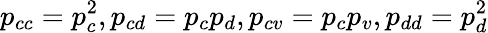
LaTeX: p_{cc}=p_{c}^{2},p_{cd}=p_{c}p_{d},p_{cv}=p_{c}p_{v},p_{dd}=p_{d}^{2}